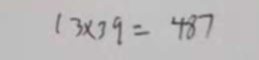
1 3 \times 3 9 = 4 8 7